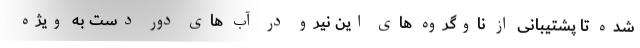
شده تا پشتیبانی از ناوگروه های این نیرو در آب های دور دست به ویژه